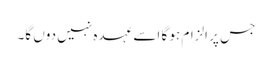
جس پر الزام ہو گا اسے عہدہ نہیں دوں گا۔